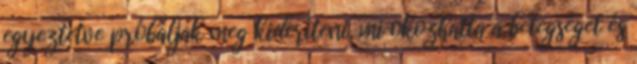
egyeztetve próbálják meg kideríteni, mi okozhatta a betegséget és